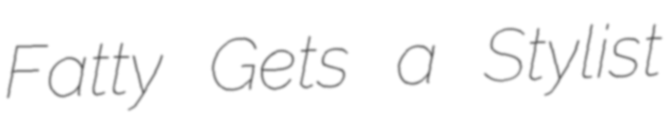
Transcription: Fatty Gets a Stylist